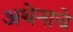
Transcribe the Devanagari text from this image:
अथेनाचे